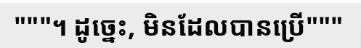
"""។ ដូច្នេះ, មិនដែលបានប្រើ"""